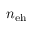
n _ { \mathrm { e h } }